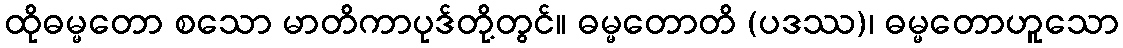
ထိုဓမ္မတော စသော မာတိကာပုဒ်တို့တွင်။ ဓမ္မတောတိ (ပဒဿ)၊ ဓမ္မတောဟူသော